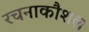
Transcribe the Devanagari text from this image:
रचनाकौशल